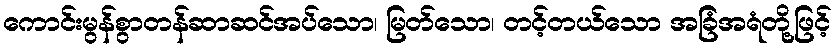
ကောင်းမွန်စွာတန်ဆာဆင်အပ်သော၊ မြတ်သော၊ တင့်တယ်သော အခြံအရံတို့ဖြင့်